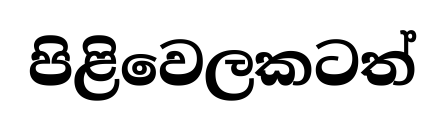
පිළිවෙලකටත්